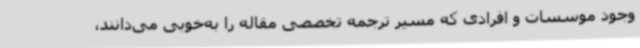
وجود موسسات و افرادی که مسیر ترجمه تخصصی مقاله را به‌خوبی ‌می‌دانند،